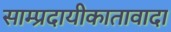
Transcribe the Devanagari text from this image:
साम्प्रदायीकातावादा